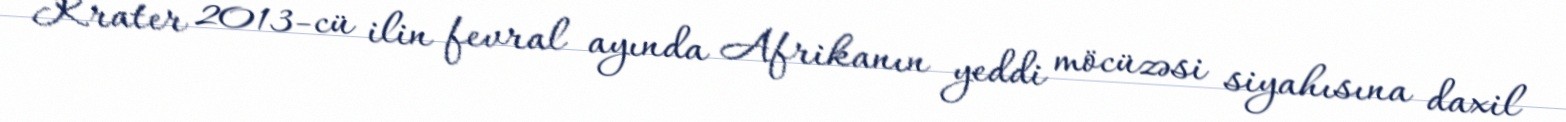
Krater 2013-cü ilin fevral ayında Afrikanın yeddi möcüzəsi siyahısına daxil